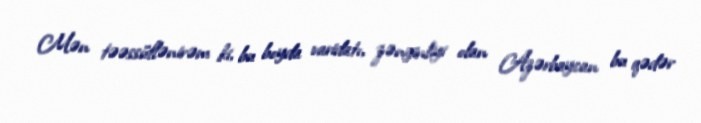
Mən təəssüflənirəm ki, bu boyda varidatı, zənginliyi olan Azərbaycan bu qədər